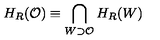
H _ { R } ( { \cal O } ) \equiv \bigcap _ { W \supset { \cal O } } H _ { R } ( W )